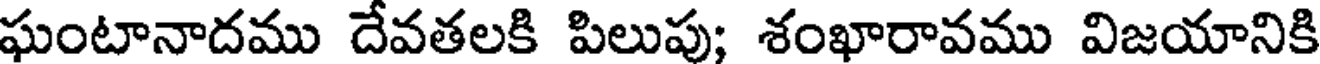
ఘంటానాదము దేవతలకి పిలుపు; శంఖారావము విజయానికి